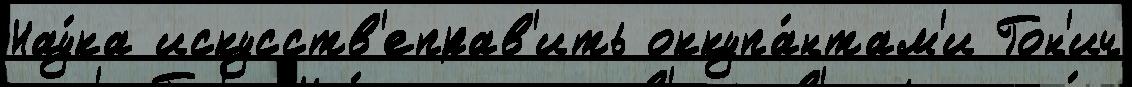
Нау́ка искусств'еправ'ить оккупа́нтам'и Гон'ич